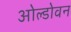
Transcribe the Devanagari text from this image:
ओल्डोवन